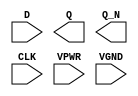
module sky130_fd_sc_hs__dfxbp (
    //# {{data|Data Signals}}
    input  D   ,
    output Q   ,
    output Q_N ,

    //# {{clocks|Clocking}}
    input  CLK ,

    //# {{power|Power}}
    input  VPWR,
    input  VGND
);
endmodule